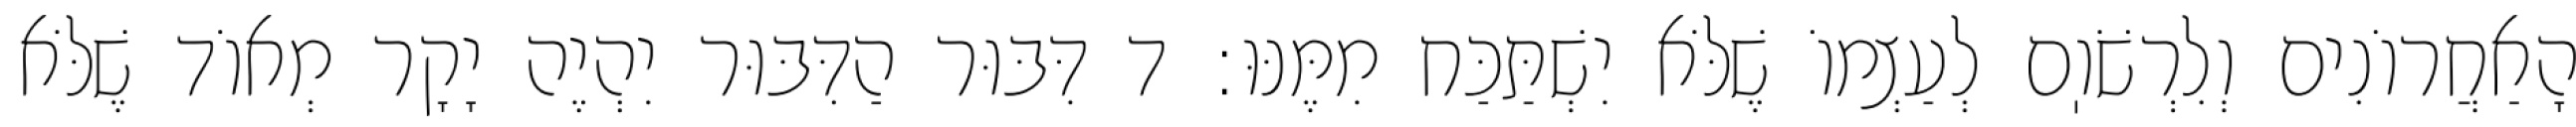
הָאַחֲרוֹנִים וְלִרְשֹׁוֽם לְעַצְמוֹ שֶׁלֹּא יִשְׁתַּכַּח מִמֶּנּוּ: ד דִּבּוּר הַדִּבּוּר יִהְיֶה יָקָר מְאוֹד שֶׁלֹּא